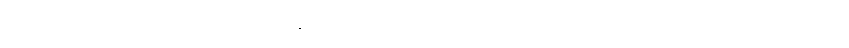
သုဘာသုဘံ၊ သူတော်ကောင်းဖြစ်သောယောဂါဝစရပုဂ္ဂိုလ်တို့သည် အသုဘဟူ၍ရှုအပ်သော။